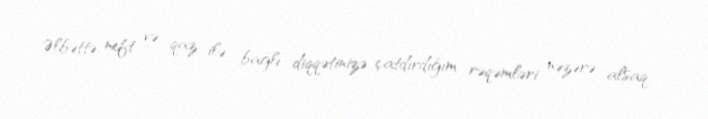
Əlbəttə, neft və qaz ilə bağlı diqqətinizə çatdırdığım rəqəmləri nəzərə alsaq,